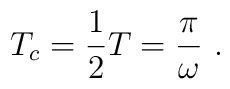
T_c=\frac{1}{2}T=\frac{\pi}{\omega}\ .